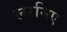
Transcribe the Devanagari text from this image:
लरमिए